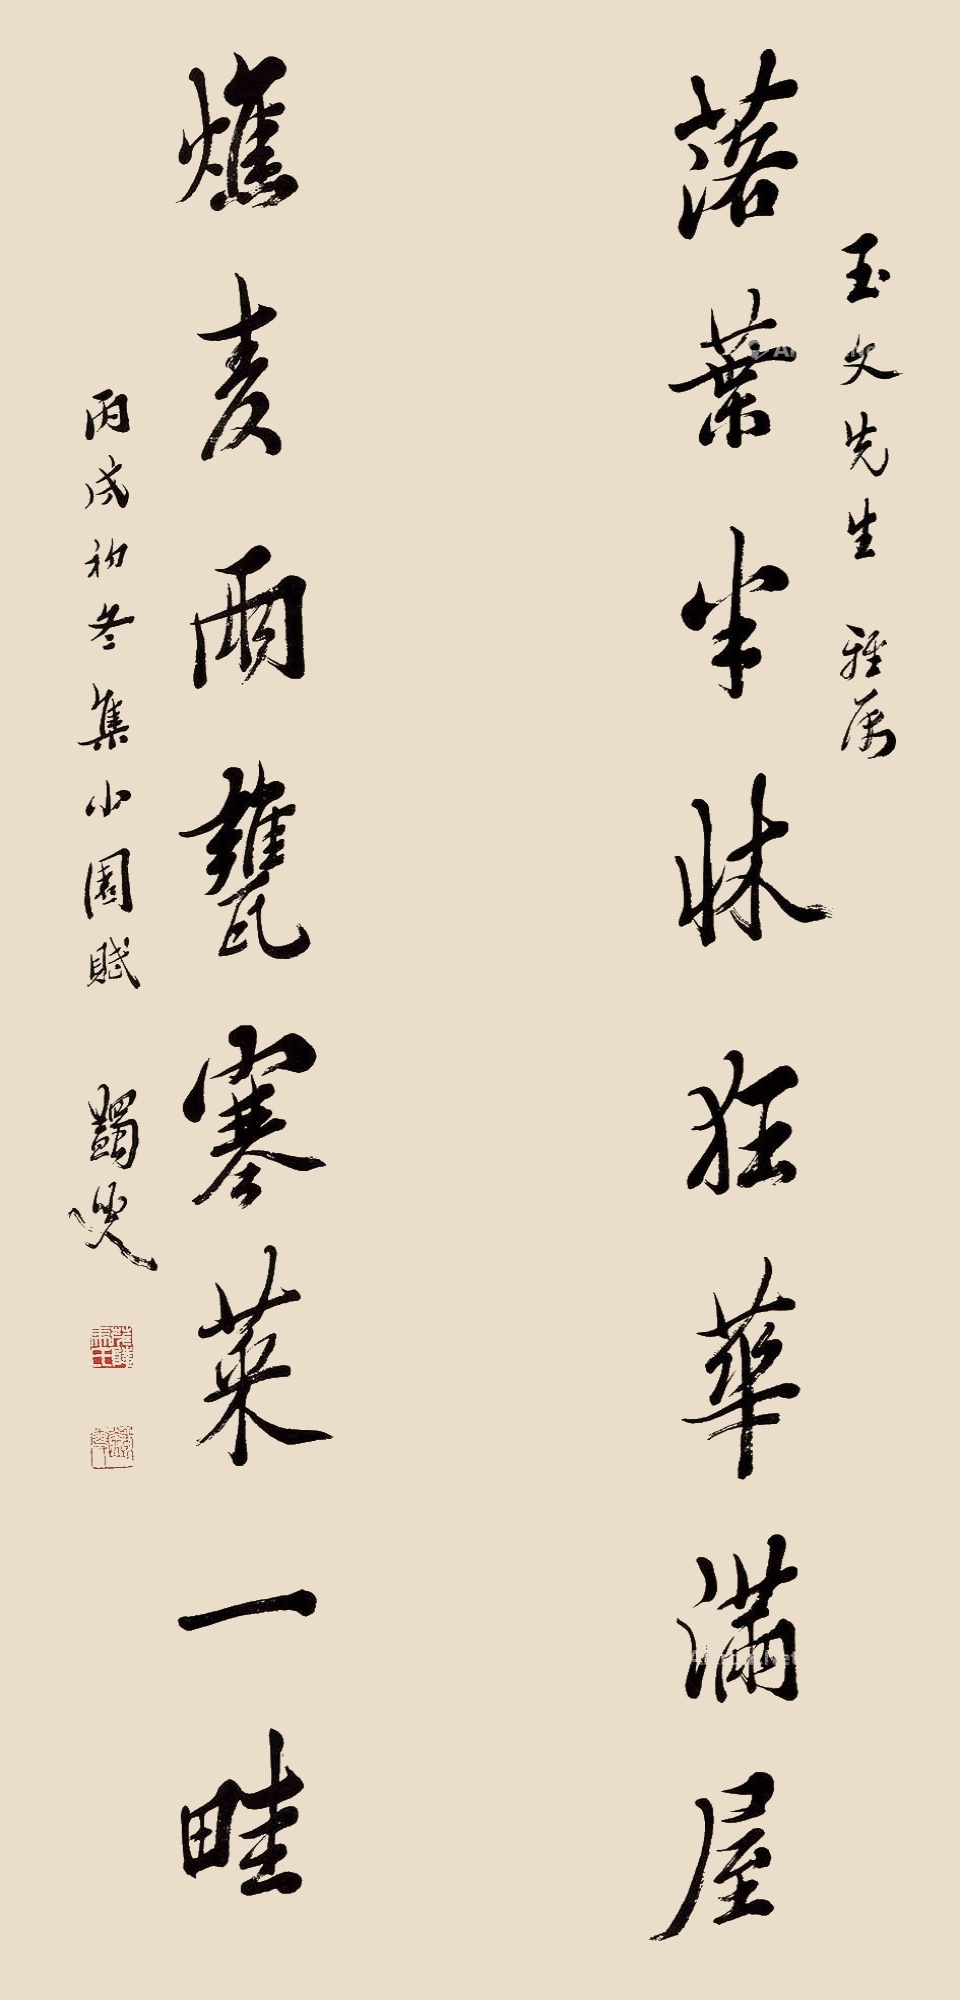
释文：落叶半床狂华满屋，燋麦两瓮寒菜一畦。玉文先生雅属，丙戌初冬，集小园赋，蠲叟。